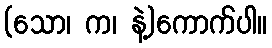
(သော၊ က၊ နဲ့)ကောက်ပါ။